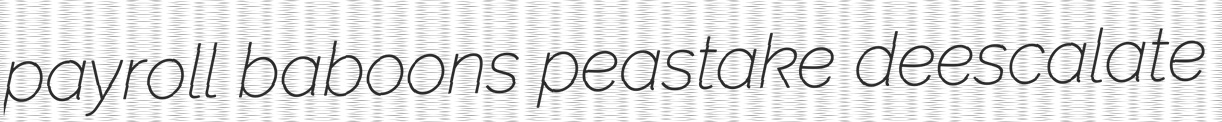
payroll baboons peastake deescalate